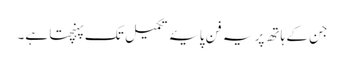
جن کے ہاتھ پر یہ فن پایۂ تکمیل تک پہنچتا ہے۔